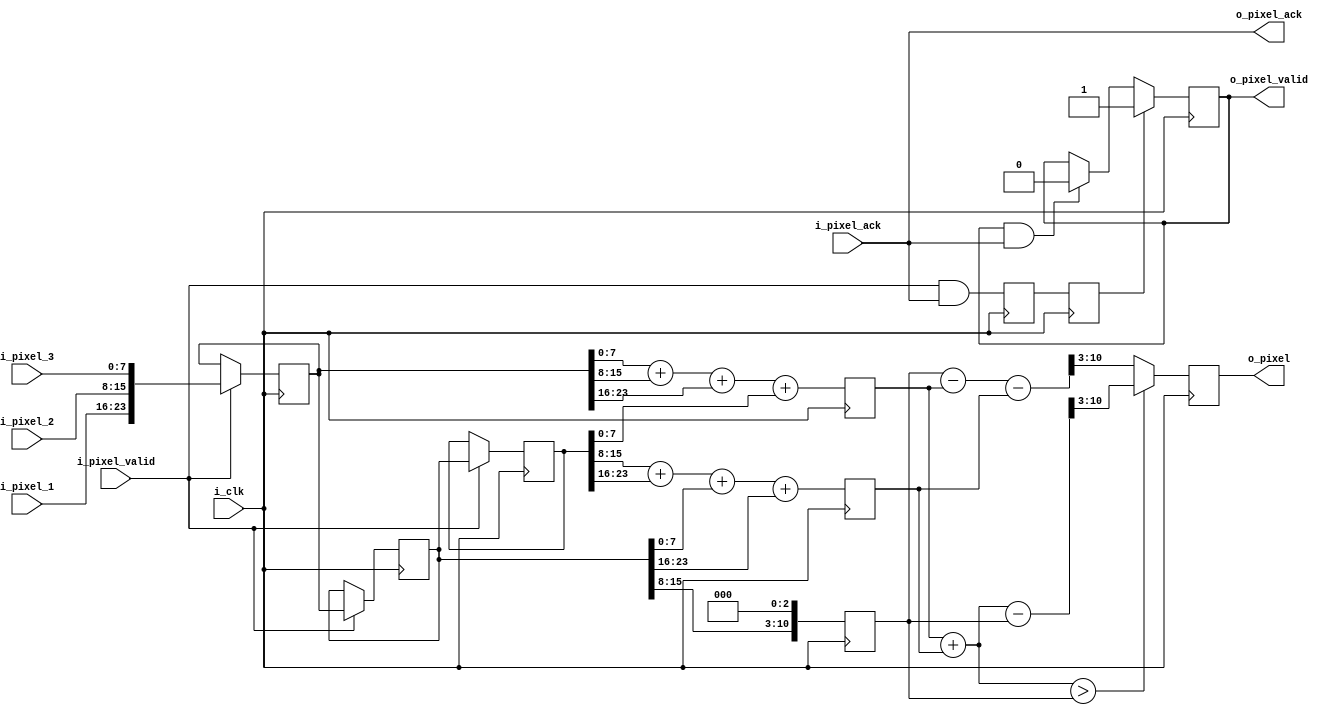
module filter_x(
input            i_clk,
input [7:0]      i_pixel_1,
input [7:0]      i_pixel_2,
input [7:0]      i_pixel_3,
input            i_pixel_valid,
output           o_pixel_ack,
output reg       o_pixel_valid,
input            i_pixel_ack,
output  [7:0]    o_pixel
);


reg [23:0] line1;
reg [23:0] line2;
reg [23:0] line3;
reg        pix_val_int;
reg        pix_val_int_1;
reg [10:0] line1_filt;
reg [10:0] line2_filt;
reg [10:0] line3_filt;
reg [7 :0] int_pixel;

assign o_pixel_ack = i_pixel_ack;

assign o_pixel = int_pixel;

always @(posedge i_clk)
begin
    if(i_pixel_valid)
	 begin
	    line1  <=  {i_pixel_1,i_pixel_2,i_pixel_3};
		line2  <=  line1;
		line3  <=  line2;
	 end
end

always @(posedge i_clk)
begin
   line1_filt   <=  line1[7:0] + line1[15:8] + line1[23:16] + line3[7:0];
   line2_filt	 <=  line3[15:8] + line3[23:16] + line2[7:0] + line2[23:16];
   line3_filt   <=  (line2[15:8])<<3;
end

always @(posedge i_clk)
begin
    if((line1_filt+line2_filt) > line3_filt)
       int_pixel  <=  (line1_filt+line2_filt-line3_filt)>>3;
    else
	    int_pixel  <=  (line3_filt-line1_filt-line2_filt)>>3;
end

always @(posedge i_clk)
begin
   pix_val_int    <=   i_pixel_valid & o_pixel_ack; //valid data transfer
   pix_val_int_1  <=   pix_val_int;
end

always @(posedge i_clk)
begin
    if(pix_val_int_1)
	     o_pixel_valid   <=    1'b1;
	  else if(o_pixel_valid & i_pixel_ack)
        o_pixel_valid   <=    1'b0;
end		  

endmodule